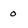
Character: 0